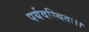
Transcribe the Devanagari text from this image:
पर्यवस्थितः।।